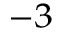
^ { - 3 }